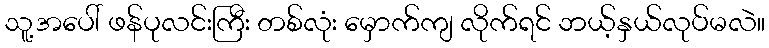
သူ့အပေါ် ဖန်ပုလင်းကြီး တစ်လုံး မှောက်ကျ လိုက်ရင် ဘယ့်နှယ်လုပ်မလဲ။